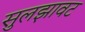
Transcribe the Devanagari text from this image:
सुलझावट